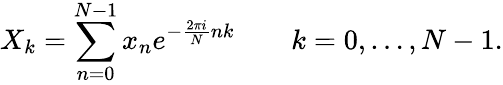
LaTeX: X_{k}=\sum_{n=0}^{N-1}x_{n}e^{-{\frac{2\pi i}{N}}nk}\qquad k=0,\dots,N-1.